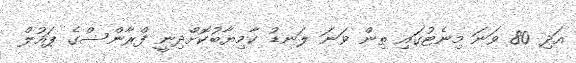
އަދި 80 ވަނަ މިނެޓުގައި ތިން ވަނަ ލަނޑު ކާމިޔާބުކޮށްދިނީ ފްރާންސްގެ ޕައުލް